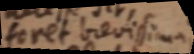
foret brevissima